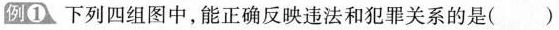
例1 下列四组图中，能正确反映违法和犯罪关系的是( )